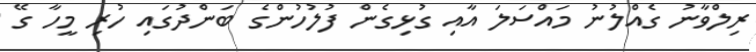
ރިލްވާނު ގެއްލުނު މައްސަލަ އާއި ގުޅިގެން ފުލުހުންގެ ބަންދުގައި ހުރި މީހާ ގޭ